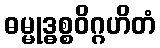
ဓမ္မုဒ္ဓစ္စဝိဂ္ဂဟိတံ